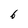
Character: 6